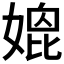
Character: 𡠌